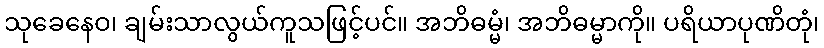
သုခေနေဝ၊ ချမ်းသာလွယ်ကူသဖြင့်ပင်။ အဘိဓမ္မံ၊ အဘိဓမ္မာကို။ ပရိယာပုဏိတုံ၊